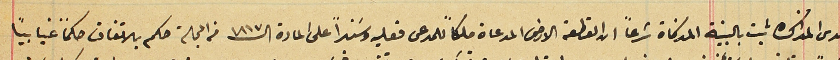
لدى المذاكره ثبت بالبينة المذكاة شرعاً ان القطعة الارض المدعاة ملكاً للمدعى فعليِه وسَنداً على المادة الـ ١٨١٧ من المجلة حكم بالاتفاق حكماً غيابياً